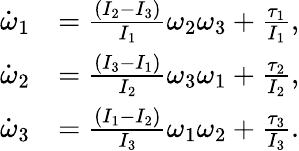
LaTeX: \begin{array}{rl}{\dot{\omega}_{1}}&{=\frac{(I_{2}-I_{3})}{I_{1}}\omega_{2}\omega_{3}+\frac{\tau_{1}}{I_{1}},}\\ {\dot{\omega}_{2}}&{=\frac{(I_{3}-I_{1})}{I_{2}}\omega_{3}\omega_{1}+\frac{\tau_{2}}{I_{2}},}\\ {\dot{\omega}_{3}}&{=\frac{(I_{1}-I_{2})}{I_{3}}\omega_{1}\omega_{2}+\frac{\tau_{3}}{I_{3}}.}\end{array}